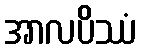
အာလပိဿံ